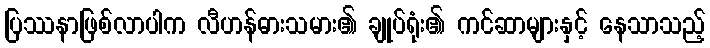
ပြဿနာဖြစ်လာပါက လီဟန်ဓားသမား၏ ချုပ်ရုံး၏ ကင်ဆာများနှင့် နေသာသည့်